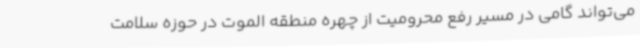
می‌تواند گامی در مسیر رفع محرومیت از چهره منطقه الموت در حوزه سلامت